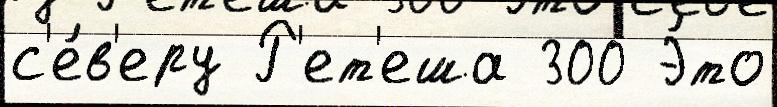
с'е́в'еру Р'ет'еша 300 Э́то